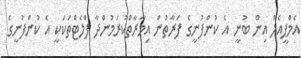
އެމްޕީއެލް އިން ބުނީ އެ ކުންފުނީގެ ފަރާތުން އިމާރާތްކުރަމުންދާ ފްލެޓްތަކަކީ އެ ކުންފުނީގެ